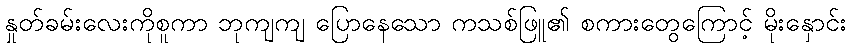
နှုတ်ခမ်းလေးကိုစူကာ ဘုကျကျ ပြောနေသော ကသစ်ဖြူ၏ စကားတွေကြောင့် မိုးနှောင်း